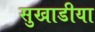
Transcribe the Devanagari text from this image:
सुखाडीया